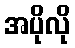
အပိုလို